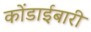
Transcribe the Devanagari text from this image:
कोंडाईबारी